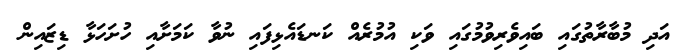
އަދި މުބާރާތުގައި ބައިވެރިވުމުގައި ވަކި އުމުރެއް ކަނޑައެޅިފައި ނުވާ ކަމަށާއި ހުށަހަޅާ ޑިޒައިން